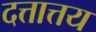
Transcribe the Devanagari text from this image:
दत्तात्तय